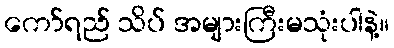
ကော်ရည် သိပ် အများကြီးမသုံးပါနဲ့။